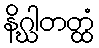
နိဂ္ဃါတတ္ထံ